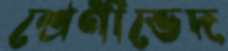
শ্রেণীভেদ